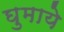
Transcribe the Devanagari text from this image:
घुमाये